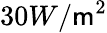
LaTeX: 30W/\mathsf{m}^{2}